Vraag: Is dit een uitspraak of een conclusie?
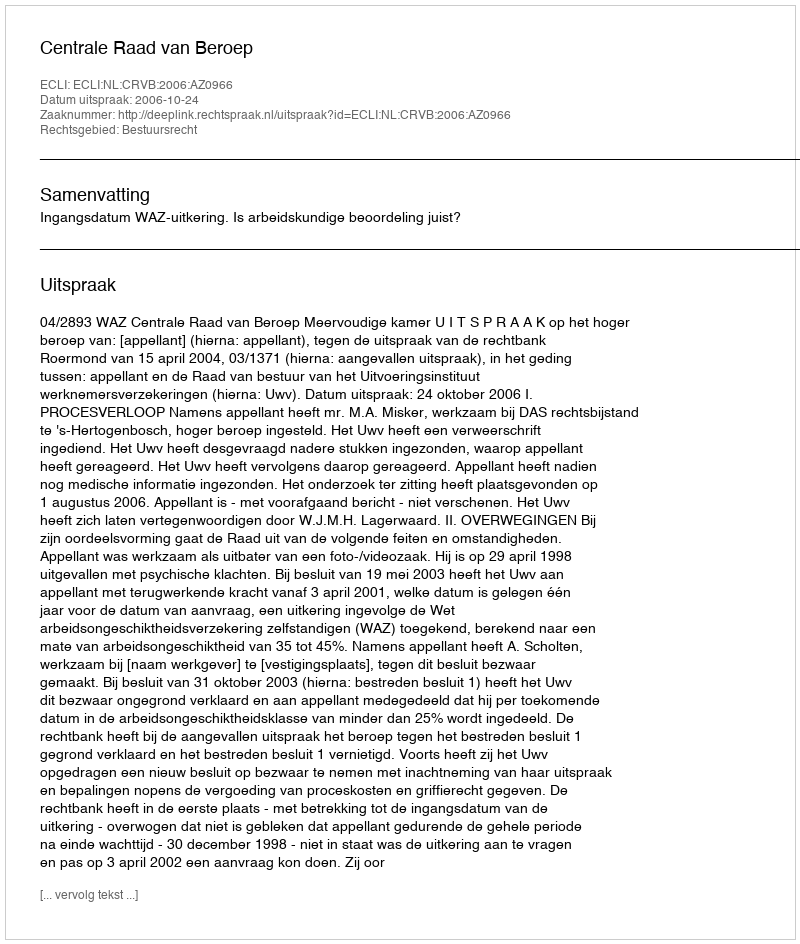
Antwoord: Uitspraak